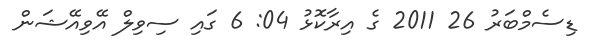
ޑިސެމްބަރު 26 2011 ގެ އިރާކޮޅު 04: 6 ގައި ސިވިލް އޭވިއޭޝަން